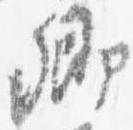
卿